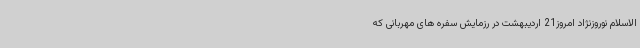
الاسلام نوروزنژاد امروز21 اردیبهشت در رزمایش سفره های مهربانی که